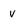
Character: v